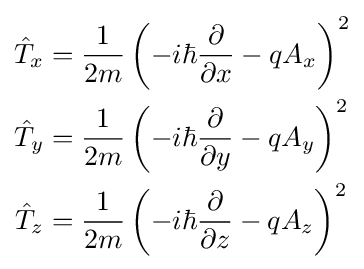
{\begin{aligned}{\hat {T}}_{x}&={\frac {1}{2m}}\left(-i\hbar {\frac {\partial }{\partial x}}-qA_{x}\right)^{2}\\{\hat {T}}_{y}&={\frac {1}{2m}}\left(-i\hbar {\frac {\partial }{\partial y}}-qA_{y}\right)^{2}\\{\hat {T}}_{z}&={\frac {1}{2m}}\left(-i\hbar {\frac {\partial }{\partial z}}-qA_{z}\right)^{2}\end{aligned}}\,\!